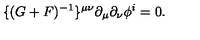
\{ ( G + F ) ^ { - 1 } \} ^ { \mu \nu } \partial _ { \mu } \partial _ { \nu } \phi ^ { i } = 0 .